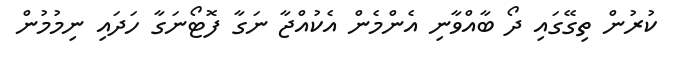
ކުރުން ތިގޭގައި ދޯ ބާއްވާނި އެންމެން އެކުއްޖާ ނަގާ ފޮޓޯނަގާ ހަދައި ނިމުމުން